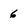
Character: 6